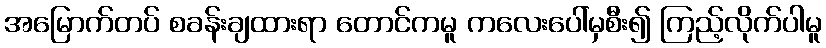
အမြောက်တပ် စခန်းချထားရာ တောင်ကမူ ကလေးပေါ်မှစီး၍ ကြည့်လိုက်ပါမူ